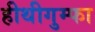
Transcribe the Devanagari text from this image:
हीथीगुम्फा